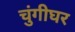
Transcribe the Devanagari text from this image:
चुंगीघर